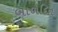
બાળદિન